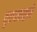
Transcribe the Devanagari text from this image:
वृत्तपत्राद्वारे